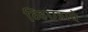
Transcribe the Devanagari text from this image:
व्हिएन्नाचे